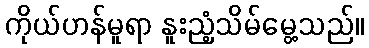
ကိုယ်ဟန်မူရာ နူးညံ့သိမ်မွေ့သည်။